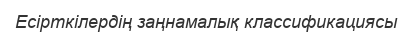
Есірткілердің заңнамалық классификациясы